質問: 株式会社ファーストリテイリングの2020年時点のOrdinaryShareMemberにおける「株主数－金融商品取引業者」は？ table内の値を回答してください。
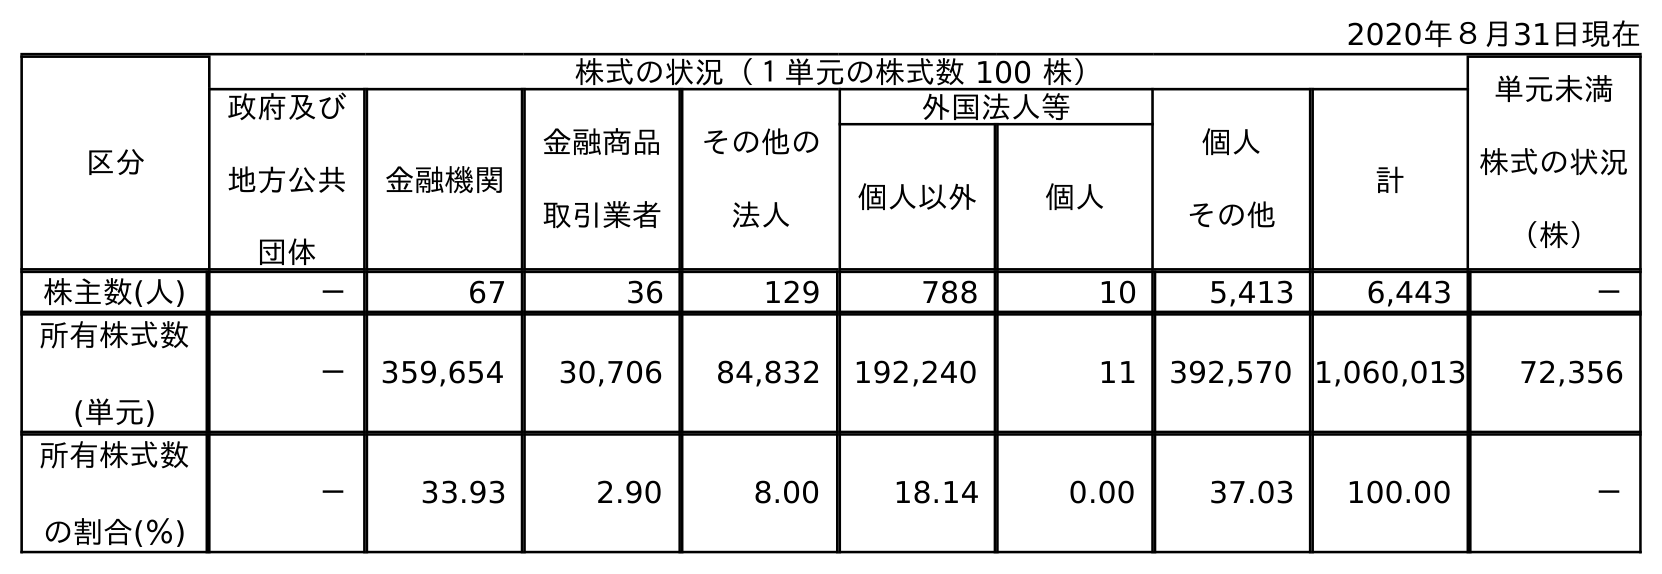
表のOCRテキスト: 2020年８月31日現在 区分 株式の状況（１単元の株式数 100 株） 単元未満 株式の状況 （株） 政府及び 地方公共 団体 金融機関 金融商品 取引業者 その他の 法人 外国法人等 個人 その他 計 個人以外 個人 株主数(人) － 67 36 129 788 10 5,413 6,443 － 所有株式数 (単元) － 359,654 30,706 84,832 192,240 11 392,570 1,060,013 72,356 所有株式数 の割合(％) － 33.93 2.90 8.00 18.14 0.00 37.03 100.00 －
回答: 36